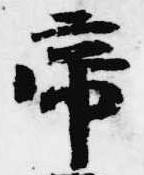
帝